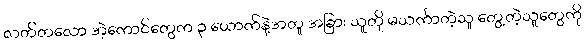
လတ်တလော အဲ့ကောင်တွေက ၃ ယောက်နဲ့အတူ အခြား သူတို မသင်္ကာတဲ့သူ တွေ့တဲ့သူတွေကို